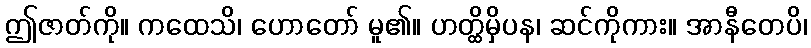
ဤဇာတ်ကို။ ကထေသိ၊ ဟောတော် မူ၏။ ဟတ္ထိမှိပန၊ ဆင်ကိုကား။ အာနီတေပိ၊